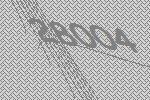
28004